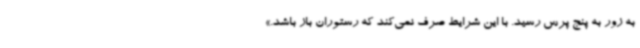
به زور به پنج پرس رسید. با این شرایط صرف نمی‌کند که رستوران باز باشد.»